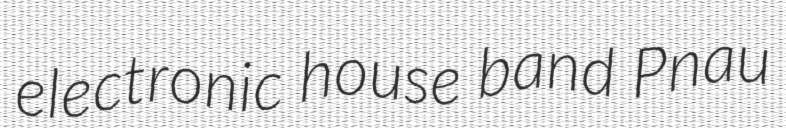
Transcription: electronic house band Pnau